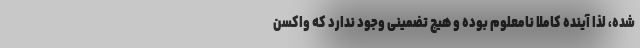
شده، لذا آینده کاملا نامعلوم بوده و هیچ تضمینی وجود ندارد که واکسن